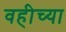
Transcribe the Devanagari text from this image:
वहीच्या